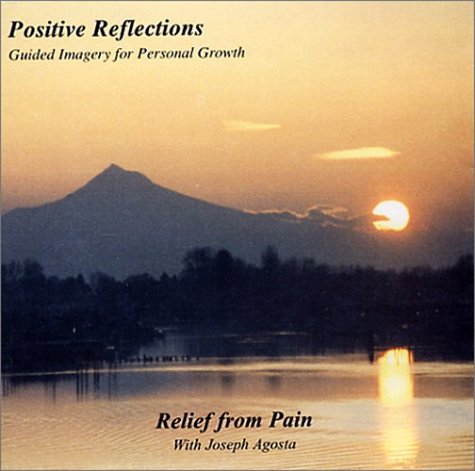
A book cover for Pain Control: Relief from Pain; Joseph Agosta; Self-Help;